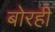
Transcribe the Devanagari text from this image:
बोरही